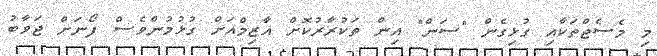
މި މެސެޖްތަކާއި ގުޅިގެން "ސަން" އިން ތަކުރާރުކޮށް އާޒިމްއަށް ގުޅުމުންވެސް ފޯނަށް ޖަވާބު